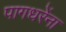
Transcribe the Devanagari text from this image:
पागधरेंना